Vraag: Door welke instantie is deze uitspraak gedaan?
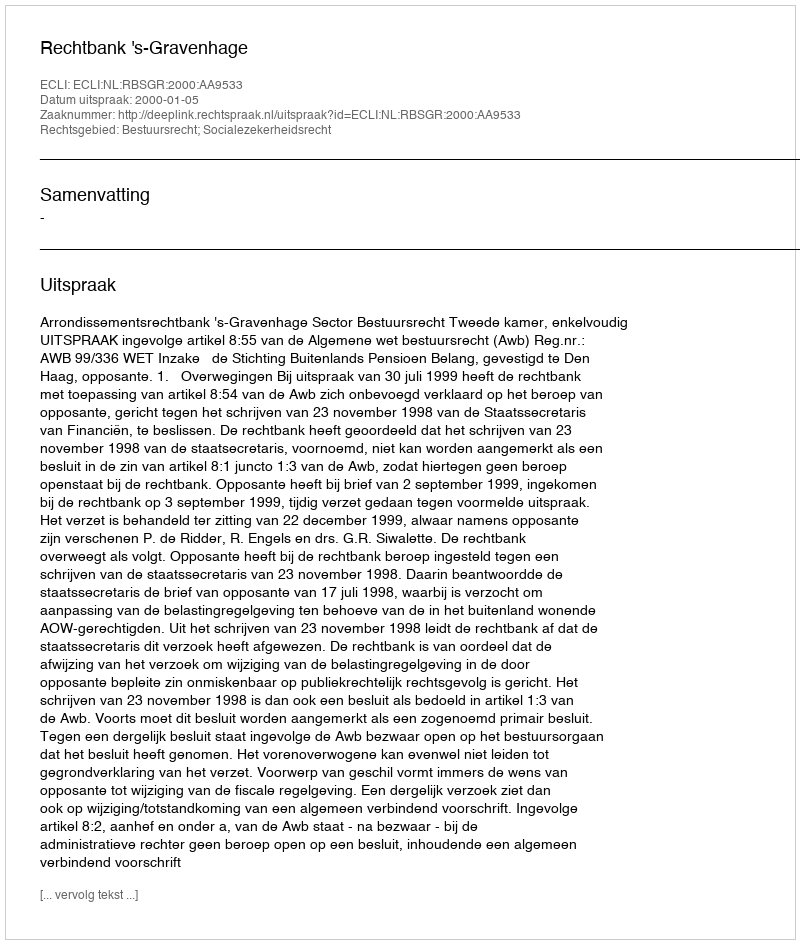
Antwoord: Rechtbank 's-Gravenhage